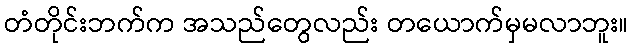
တံတိုင်းဘက်က အသည်တွေလည်း တယောက်မှမလာဘူး။